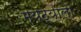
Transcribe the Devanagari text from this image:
मयठ्याला